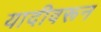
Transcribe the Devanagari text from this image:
यादीवरून